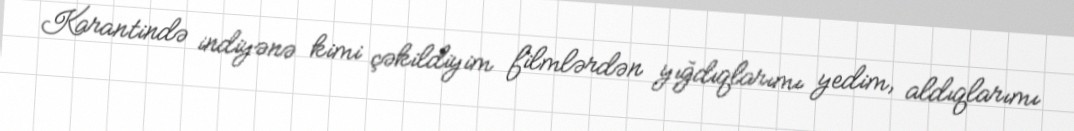
Karantində indiyənə kimi çəkildiyim filmlərdən yığdıqlarımı yedim, aldıqlarımı